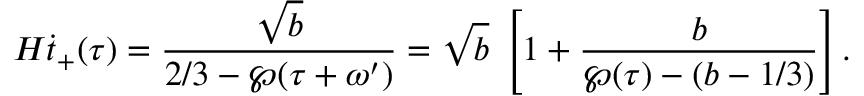
H \dot { t } _ { + } ( \tau ) = \frac { \sqrt { b } } { 2 / 3 - \wp ( \tau + \omega ^ { \prime } ) } = \sqrt { b } \; \left[ 1 + \frac { b } { \wp ( \tau ) - ( b - 1 / 3 ) } \right] .